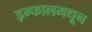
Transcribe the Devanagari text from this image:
इम्फालमधून